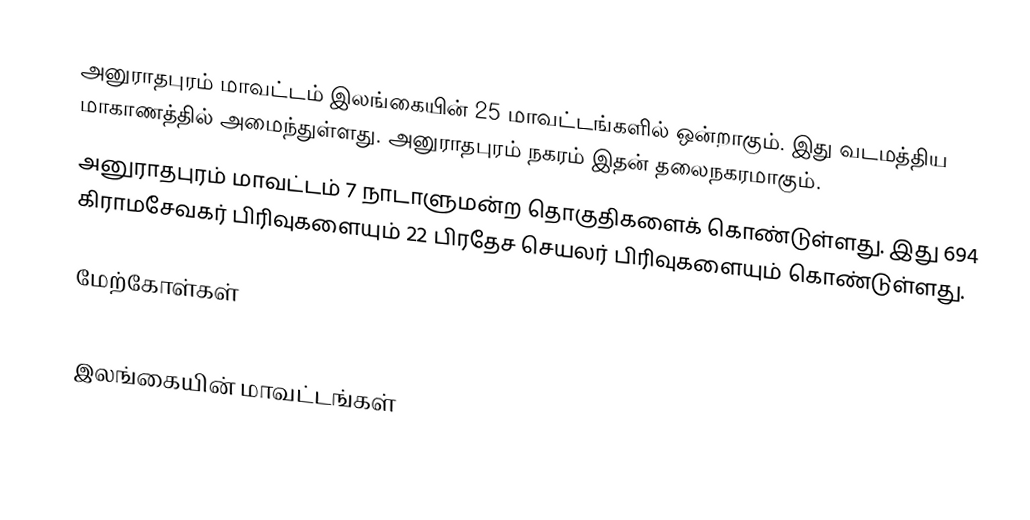
அனுராதபுரம் மாவட்டம் இலங்கையின் 25 மாவட்டங்களில் ஒன்றாகும். இது வடமத்திய மாகாணத்தில் அமைந்துள்ளது. அனுராதபுரம் நகரம் இதன் தலைநகரமாகும்.
  அனுராதபுரம் மாவட்டம் 7 நாடாளுமன்ற தொகுதிகளைக் கொண்டுள்ளது. இது 694  கிராமசேவகர் பிரிவுகளையும் 22 பிரதேச செயலர் பிரிவுகளையும் கொண்டுள்ளது.

மேற்கோள்கள்

இலங்கையின் மாவட்டங்கள்